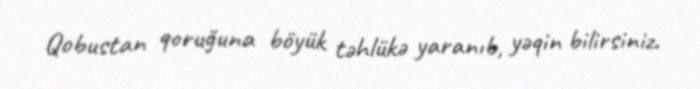
Qobustan qoruğuna böyük təhlükə yaranıb, yəqin bilirsiniz.